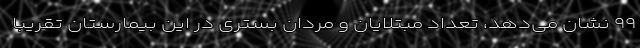
۹۹ نشان می‌دهد، تعداد مبتلایان و مردان بستری در این بیمارستان تقریبا